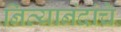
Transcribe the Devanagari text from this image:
नित्यानंदांचे